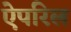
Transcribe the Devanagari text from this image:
ऐपरिल